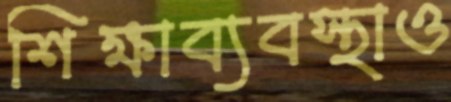
শিক্ষাব্যবস্থাও